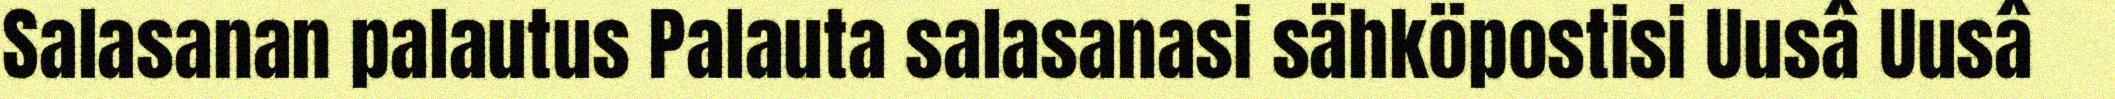
Salasanan palautus Palauta salasanasi sähköpostisi Uusâ Uusâ